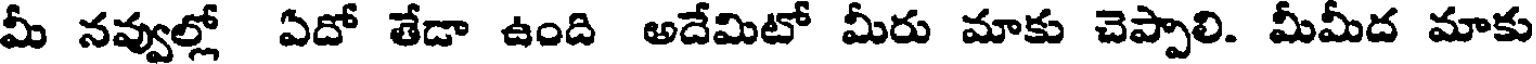
మీ నవ్వుల్లో ఏదో తేడా ఉంది అదేమిటో మీరు మాకు చెప్పాలి. మీమీద మాకు